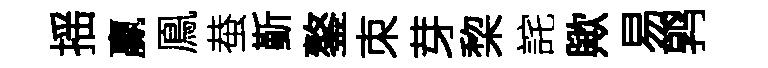
揺贏鳯蛬斳鏊朿芽棃詫歟易鹑